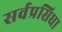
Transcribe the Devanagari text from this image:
सर्वप्रसिधा